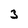
Character: 3